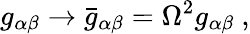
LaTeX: g_{\alpha\beta}\rightarrow\bar{g}_{\alpha\beta}=\Omega^{2}g_{\alpha\beta}~,